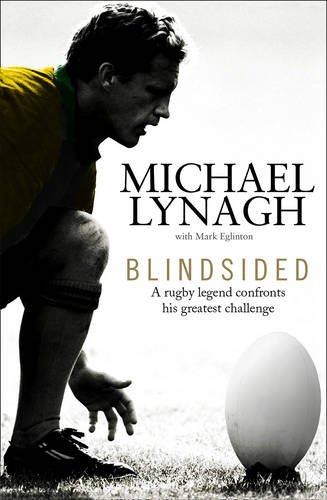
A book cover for Blindsided; Michael Lynagh; Sports & Outdoors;